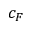
c _ { F }